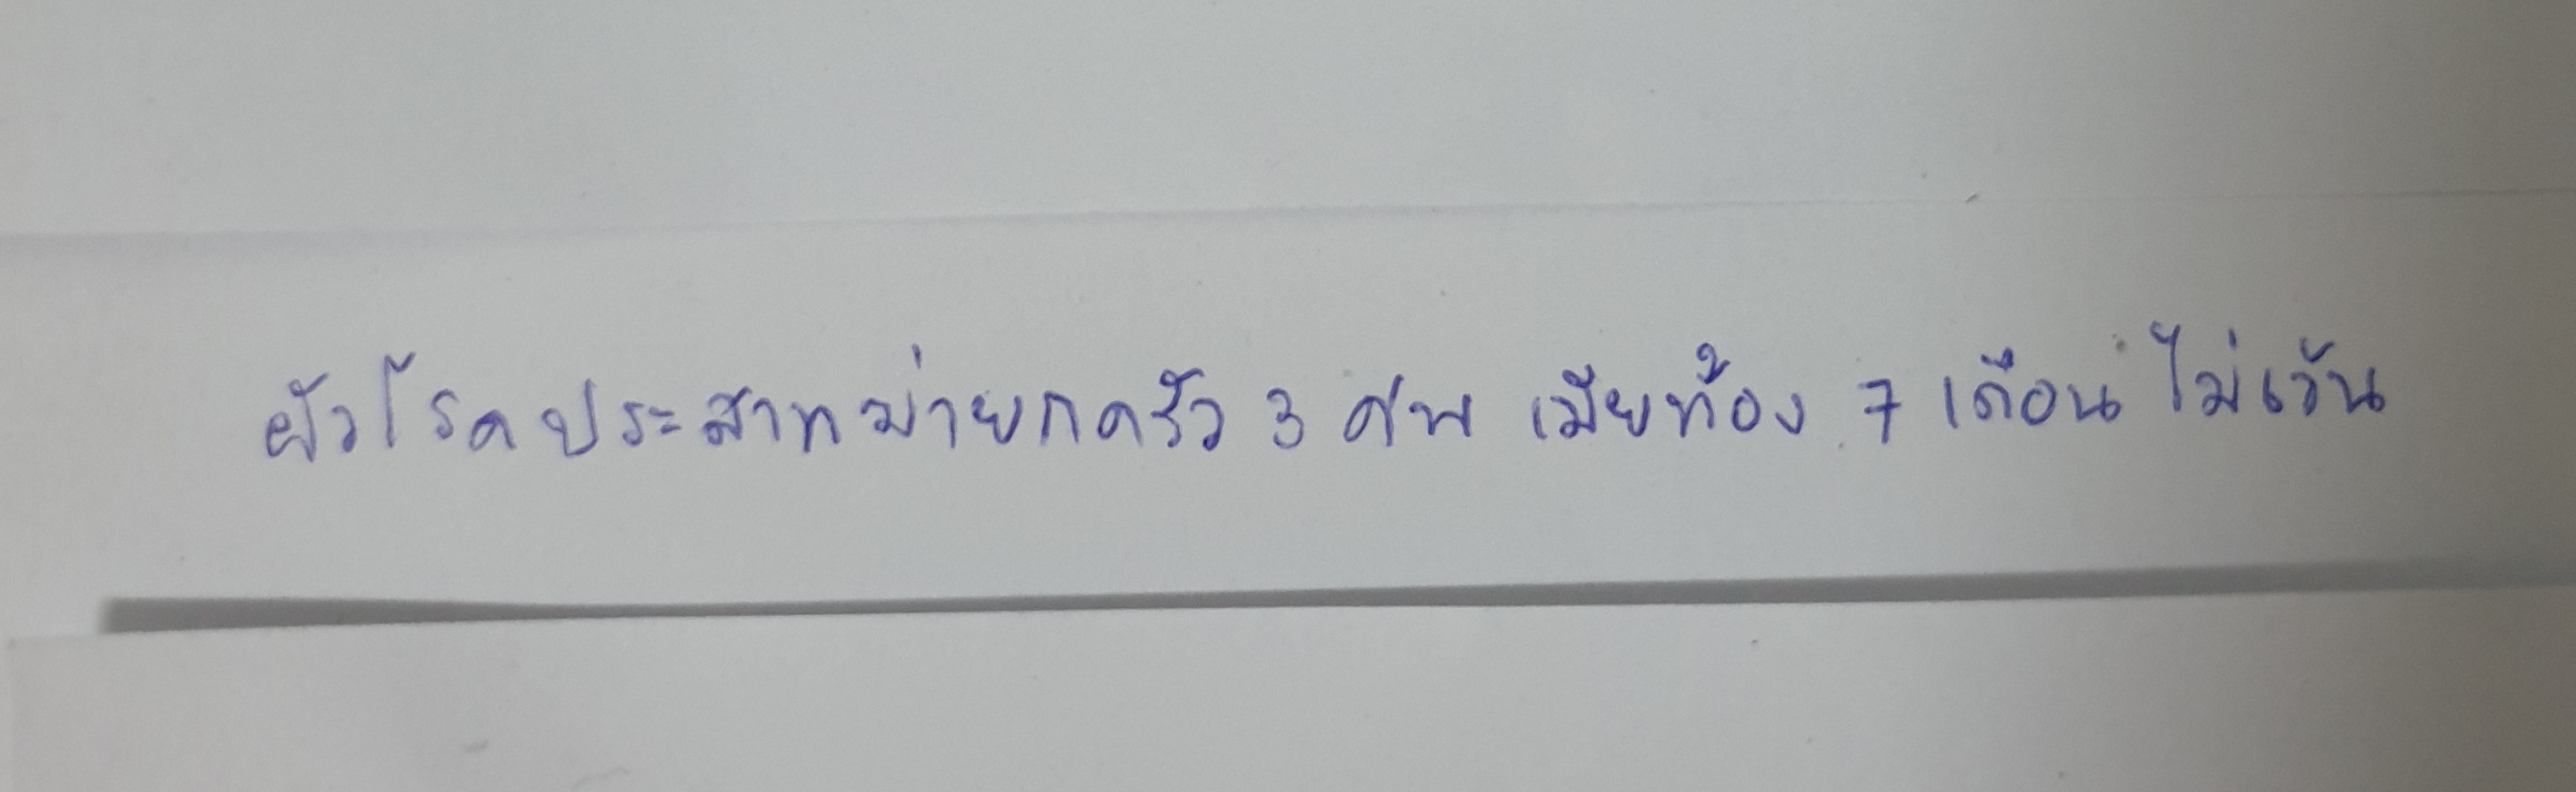
ผัวโรคประสาทฆ่ายกครัว3ศพเมียท้อง7เดือนไม่เว้น